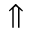
\Uparrow